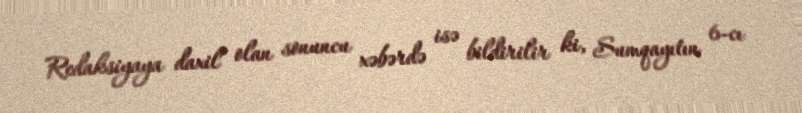
Redaksiyaya daxil olan sonuncu xəbərdə isə bildirilir ki, Sumqayıtın 6-cı